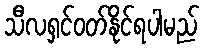
သီလရှင်ဝတ်နိုင်ရပါမည်